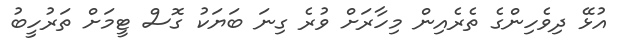
އުޅޭ ދިވެހިންގެ ތެރެއިން މިހާރަށް ވުރެ ގިނަ ބަޔަކު ގޮސް ޓީމަށް ތަރުހީބު